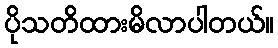
ပိုသတိထားမိလာပါတယ်။